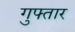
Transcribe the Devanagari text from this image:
गुफ्तार